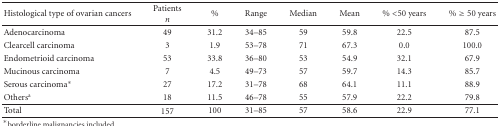
| Histological type of ovarian cancers | Patients n | % | Range | Median | Mean | % <50 years | % ≥50 years |
 | --- | --- | --- | --- | --- | --- | --- | --- |
 | Adenocarcinoma | 49 | 31.2 | 34–85 | 59 | 59.8 | 22.5 | 87.5 |
 | Clearcell carcinoma | 3 | 1.9 | 53–78 | 71 | 67.3 | 0.0 | 100.0 |
 | Endometrioid carcinoma | 53 | 33.8 | 36–80 | 53 | 54.9 | 32.1 | 67.9 |
 | Mucinous carcinoma | 7 | 4.5 | 49–73 | 57 | 59.7 | 14.3 | 85.7 |
 | Serous carcinoma* | 27 | 17.2 | 31–78 | 68 | 64.1 | 11.1 | 88.9 |
 | Othersa | 18 | 11.5 | 46–78 | 55 | 57.9 | 22.2 | 79.8 |
 | Total | 157 | 100 | 31–85 | 57 | 58.6 | 22.9 | 77.1 |